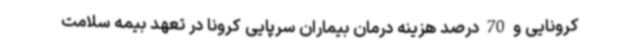
کرونایی و 70 درصد هزینه درمان بیماران سرپایی کرونا در تعهد بیمه سلامت